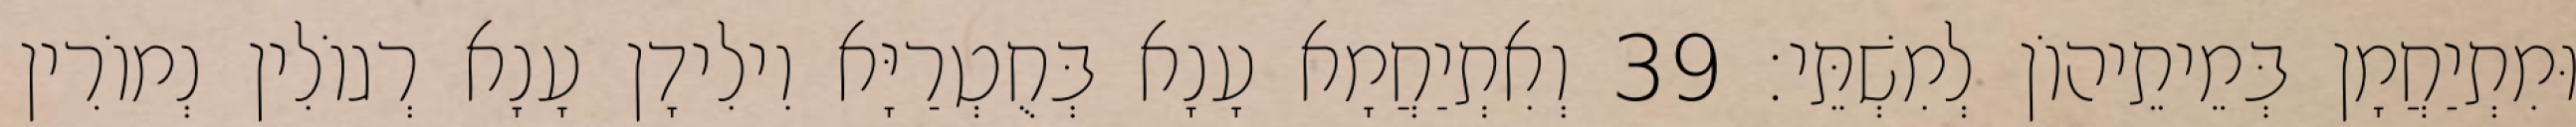
וּמִתְיַחֲמָן בְּמֵיתֵיהוֹן לְמִשְׁתֵּי׃ 39 וְאִתְיַחֲמָא עָנָא בְּחֻטְרַיָּא וִילִידָן עָנָא רְגוֹלִין נְמוֹרִין